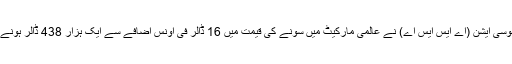
آل سندھ صراف جیولرز ایسوسی ایشن (اے ایس ایس اے) نے عالمی مارکیٹ میں سونے کی قیمت میں 16 ڈالر فی اونس اضافے سے ایک ہزار 438 ڈالر ہونے پر قیمتوں میں اضافے کیا۔